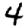
Digit: 4